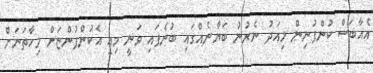
އެއާބަސް ކުންފުނިން މިއަދު ނެރުނު ބަޔާނެއްގައި ބުނެފައި ވަނީ މިއީ އެކުންފުންޏަށް މިހާތަނަށް